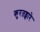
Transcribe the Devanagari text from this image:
कुरतड्णारे